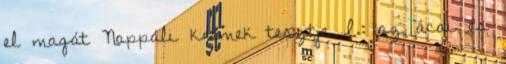
el magát Nappali krémek tesztje I.: az acai és